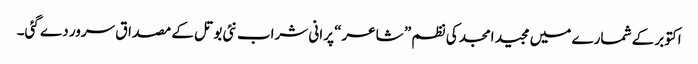
اکتوبر کے شمارے میں مجید امجد کی نظم ” شاعر“ پرانی شراب نئی بوتل کے مصداق سرور دے گئی۔